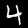
Digit: 4